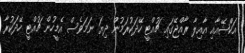
އަކްޝޭއާއި އާއިލާ ރާއްޖޭގައި ޗުއްޓީ ހޭދަކުރަމުން ދިޔަ ނަމަވެސް އެމީހުން ޗުއްޓީ ހޭދަކުރާ